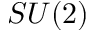
S U ( 2 )